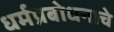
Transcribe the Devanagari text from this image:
धर्मप्रबोधनाचे